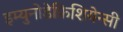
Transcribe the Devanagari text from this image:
इम्युनोडेफ़िशियेन्सी